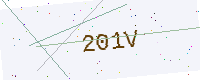
Text: 201V